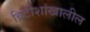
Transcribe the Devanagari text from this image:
ब्रिटीशांखालील